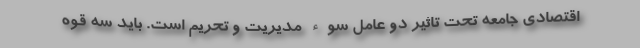
اقتصادی جامعه تحت تاثیر دو عامل سوء مدیریت و تحریم است. باید سه قوه